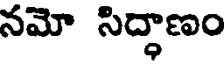
నమో సిద్ధాణం